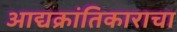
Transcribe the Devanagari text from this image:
आद्यक्रांतिकाराचा